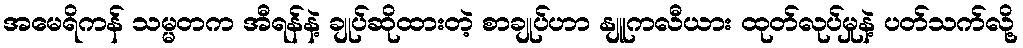
အမေရိကန် သမ္မတက အီရန်နဲ့ ချုပ်ဆိုထားတဲ့ စာချုပ်ဟာ နျူကလီယား ထုတ်လုပ်မှုနဲ့ ပတ်သက်လို့